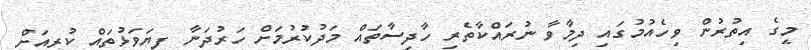
މީގެ އިތުރުން ވިހެއުމުގައި ދިމާވާ ނުރައްކާތެރި ހާދިސާތައް މަދުކުރުމަށް ހަރުދަނާ ފިޔަވަޅުތައް ކުރިއަށް